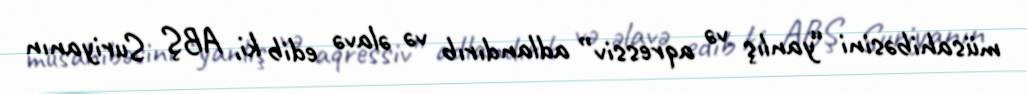
müsahibəsini “yanlış və aqressiv” adlandırıb və əlavə edib ki, ABŞ Suriyanın